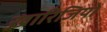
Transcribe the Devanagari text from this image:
ख़ारिजियों